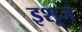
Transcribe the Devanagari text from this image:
इशूज